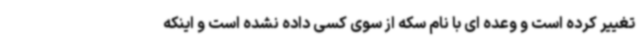
تغییر کرده است و وعده ای با نام سکه از سوی کسی داده نشده است و اینکه